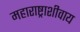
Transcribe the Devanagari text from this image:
महाराष्ट्राशीवाय